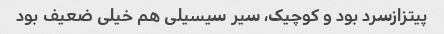
پیتزازسرد بود و کوچیک، سیر سیسیلی هم خیلی ضعیف بود